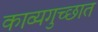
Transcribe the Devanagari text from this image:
काव्यगुच्छात